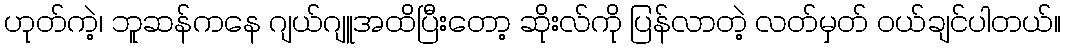
ဟုတ်ကဲ့၊ ဘူဆန်ကနေ ဂျယ်ဂျူအထိပြီးတော့ ဆိုးလ်ကို ပြန်လာတဲ့ လတ်မှတ် ဝယ်ချင်ပါတယ်။